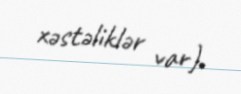
xəstəliklər var).